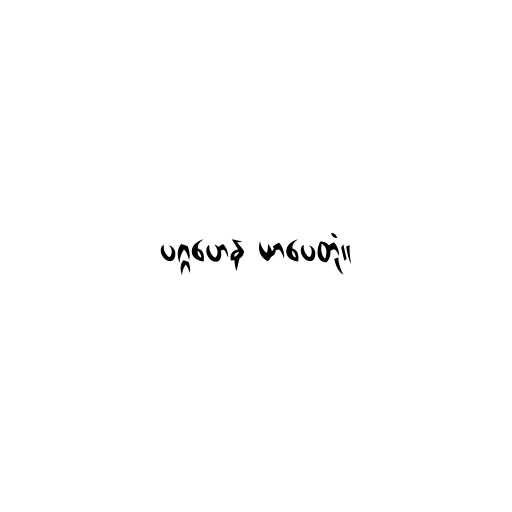
ပဂ္ဂဟေန ယာပေတုံ။